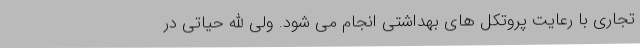
تجاری با رعایت پروتکل های بهداشتی انجام می شود. ولی الله حیاتی در